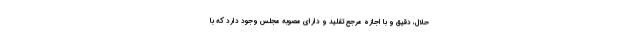
حلال، دقیق و با اجازه مرجع تقلید و دارای مصوبه مجلس وجود دارد که با